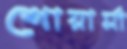
শোয়ার্মা